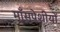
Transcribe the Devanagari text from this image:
माँसपेशीयों